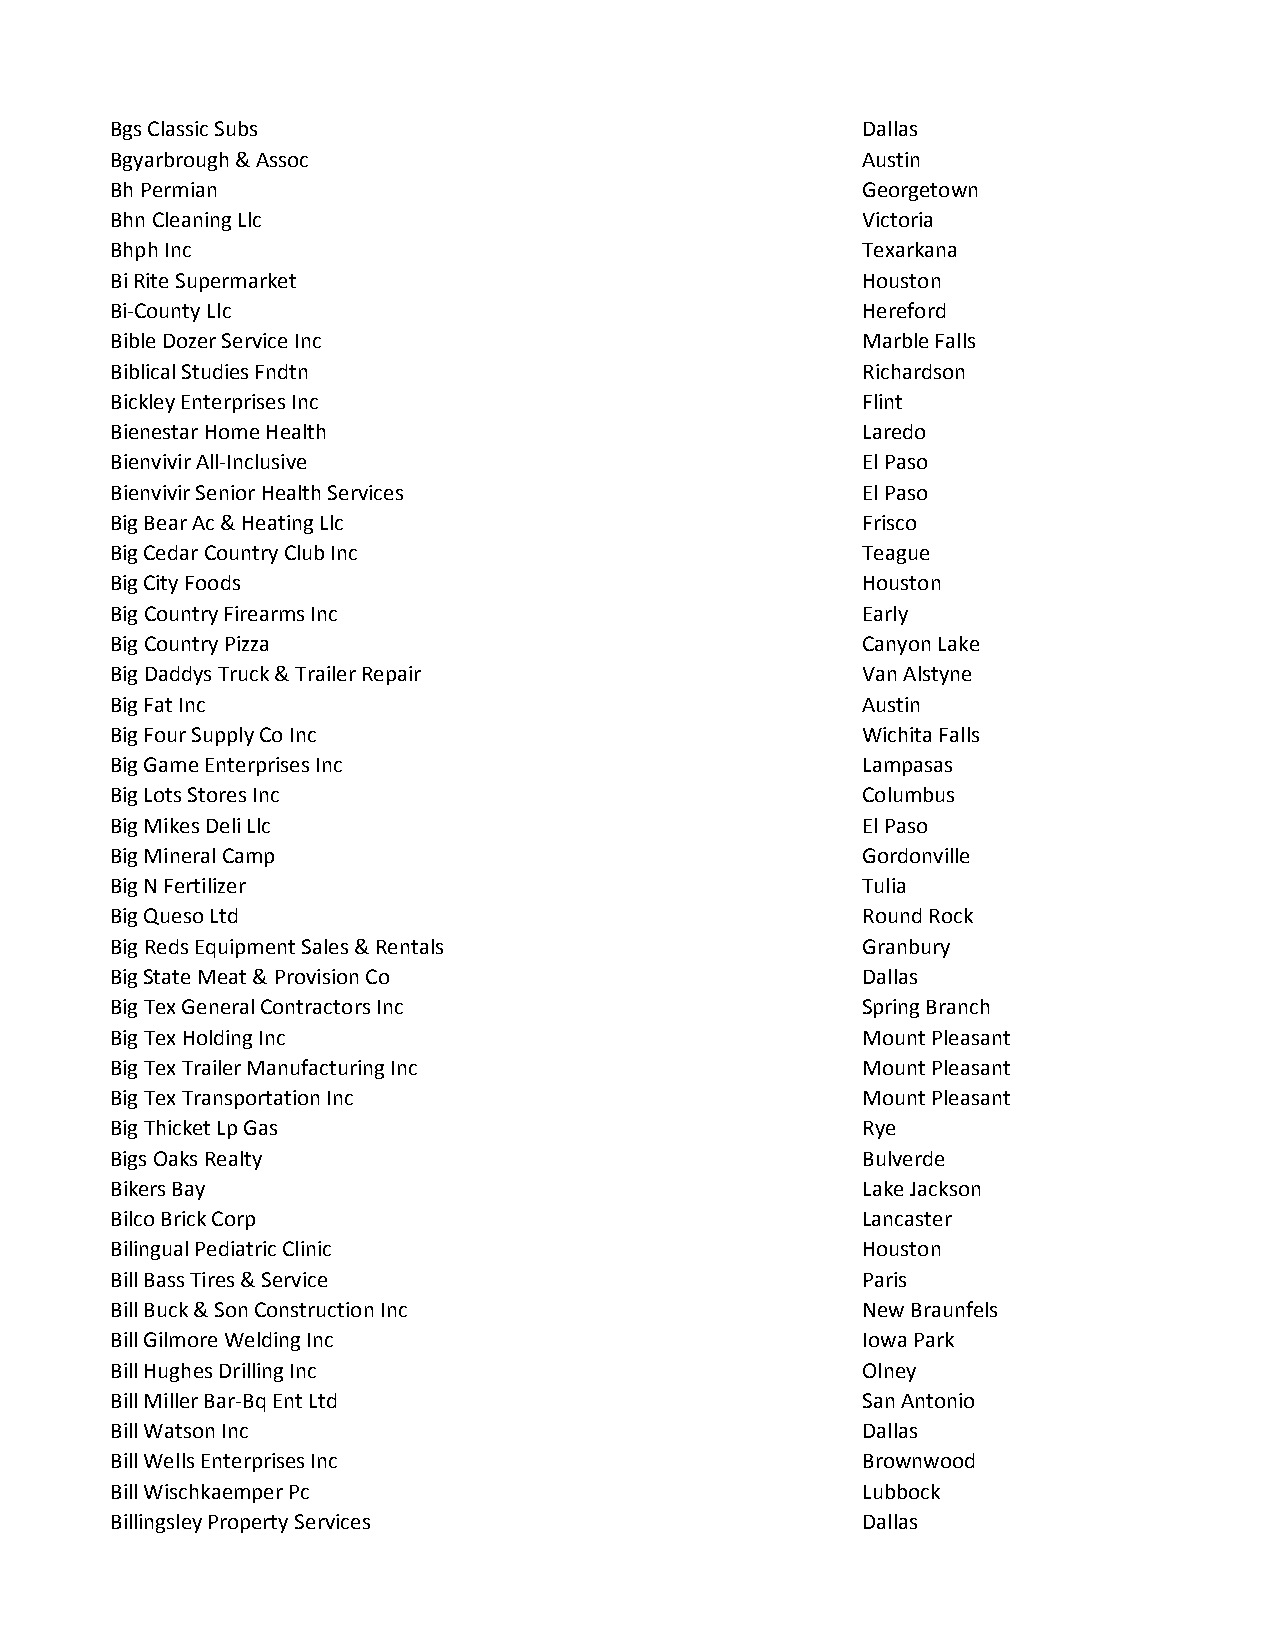
Bgs Classic Subs                                  Dallas
 Bgyarbrough & Assoc                               Austin
 Bh Permian                                        Georgetown
 Bhn Cleaning Llc                                  Victoria
 Bhph Inc                                          Texarkana
 Bi Rite Supermarket                               Houston
 Bi-County Llc                                     Hereford
 Bible Dozer Service Inc                           Marble Falls
 Biblical Studies Fndtn                            Richardson
 Bickley Enterprises Inc                           Flint
 Bienestar Home Health                             Laredo
 Bienvivir All-Inclusive                           El Paso
 Bienvivir Senior Health Services                  El Paso
 Big Bear Ac & Heating Llc                         Frisco
 Big Cedar Country Club Inc                        Teague
 Big City Foods                                    Houston
 Big Country Firearms Inc                          Early
 Big Country Pizza                                 Canyon Lake
 Big Daddys Truck & Trailer Repair                 Van Alstyne
 Big Fat Inc                                       Austin
 Big Four Supply Co Inc                            Wichita Falls
 Big Game Enterprises Inc                          Lampasas
 Big Lots Stores Inc                               Columbus
 Big Mikes Deli Llc                                El Paso
 Big Mineral Camp                                  Gordonville
 Big N Fertilizer                                  Tulia
 Big Queso Ltd                                     Round Rock
 Big Reds Equipment Sales & Rentals                Granbury
 Big State Meat & Provision Co                     Dallas
 Big Tex General Contractors Inc                   Spring Branch
 Big Tex Holding Inc                               Mount Pleasant
 Big Tex Trailer Manufacturing Inc                 Mount Pleasant
 Big Tex Transportation Inc                        Mount Pleasant
 Big Thicket Lp Gas                                Rye
 Bigs Oaks Realty                                  Bulverde
 Bikers Bay                                        Lake Jackson
 Bilco Brick Corp                                  Lancaster
 Bilingual Pediatric Clinic                        Houston
 Bill Bass Tires & Service                         Paris
 Bill Buck & Son Construction Inc                  New Braunfels
 Bill Gilmore Welding Inc                          Iowa Park
 Bill Hughes Drilling Inc                          Olney
 Bill Miller Bar-Bq Ent Ltd                        San Antonio
 Bill Watson Inc                                   Dallas
 Bill Wells Enterprises Inc                        Brownwood
 Bill Wischkaemper Pc                              Lubbock
 Billingsley Property Services                     Dallas